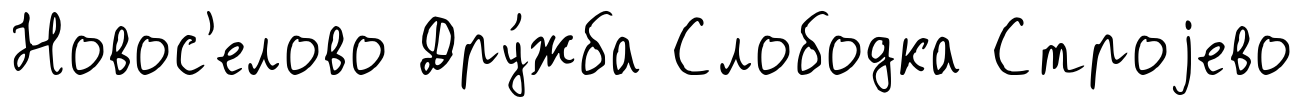
Новос'елово Дру́жба Слободка Строjево